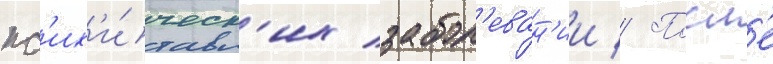
пс'их'и́ческ'их забол'еван'ии // Посл'е